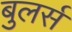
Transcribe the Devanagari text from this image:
बुलर्स